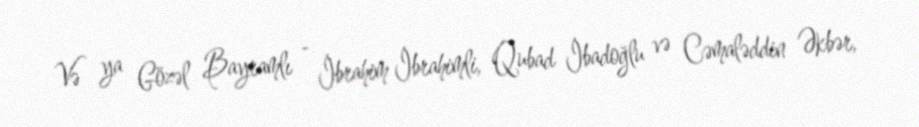
Və ya Gözəl Bayramlı - İbrahim İbrahimli, Qubad İbadoğlu və Cəmaləddin Əkbər,